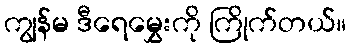
ကျွန်မ ဒီရေမွှေးကို ကြိုက်တယ်။